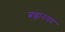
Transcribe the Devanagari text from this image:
ब्रह्मनगर